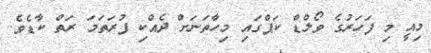
މިއީ މި ފަހަރުގެ ވޯލްޑް ކަޕްގައި މިހާތަނަށް ދެއްކި ފުރަތަމަ ރަތް ކާޑެވެ.